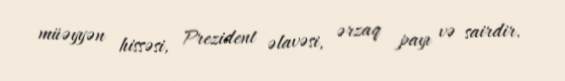
müəyyən hissəsi, Prezident əlavəsi, ərzaq payı və sairdir.